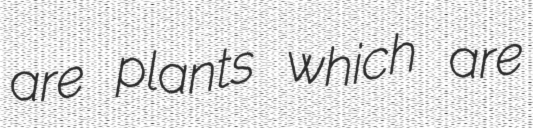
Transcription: are plants which are